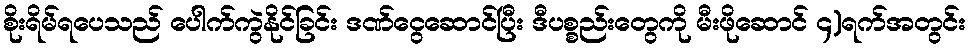
စိုးရိမ်ရပေသည် ပေါက်ကွဲနိုင်ခြင်း ဒဏ်ငွေဆောင်ပြီး ဒီပစ္စည်းတွေကို မီးဖိုဆောင် ၄)ရက်အတွင်း